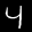
Label: 4